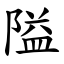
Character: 隘